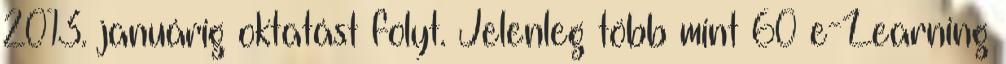
2013. januárig oktatást folyt. Jelenleg több mint 60 e-Learning